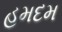
હમદમ